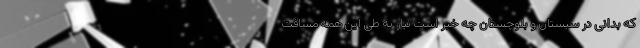
که بدانی در سیستان و بلوچستان چه خبر است نیاز به طی این همه مسافت